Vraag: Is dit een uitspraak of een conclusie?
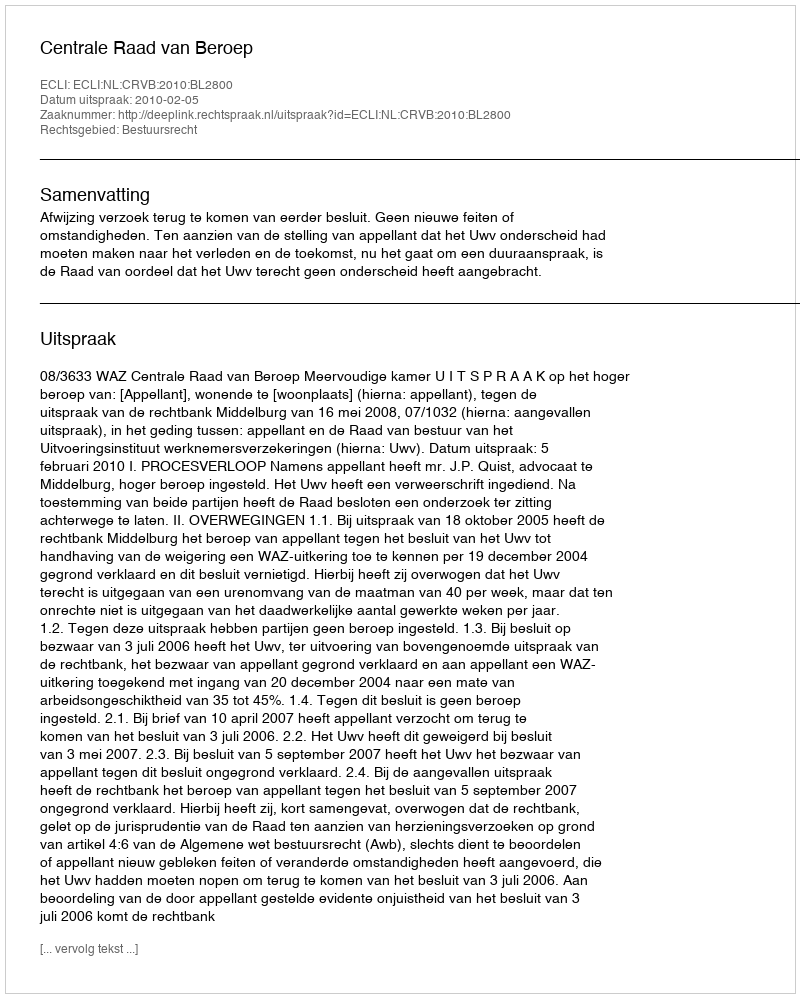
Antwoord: Uitspraak